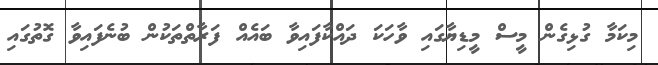
މިކަމާ ގުޅިގެން މީސް މީޑިޔާގައި ވާހަކަ ދައްކާފައިވާ ބައެއް ފަރާތްތަކުން ބުނެފައިވާ ގޮތުގައި